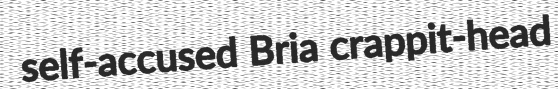
self-accused Bria crappit-head